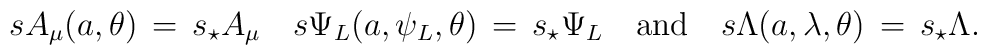
s A_{\mu}(a,\theta)\,=\,s_{\star} A_{\mu} \quad s \Psi_L(a,\psi_L,\theta)\,=\,s_{\star} \Psi_L\quad\mbox{and}\quad s \Lambda(a,\lambda,\theta)\,=\,s_{\star} \Lambda.